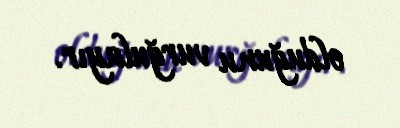
olduğunu vurğulayır.